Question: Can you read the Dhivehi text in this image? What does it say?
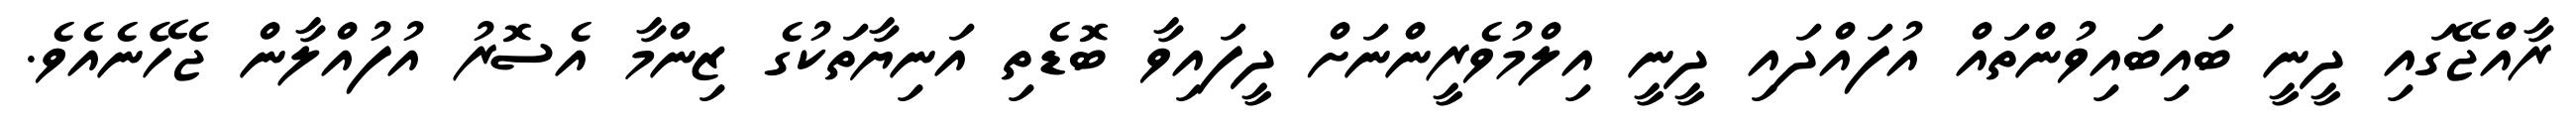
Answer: ރާއްޖޭގައި ދީނީ ބައިބައިވުންތައް އުފައްދައި ދީނީ އިލްމުވެރީންނަށް ދީފައިވާ ބޮޑެތި އަނިޔާތަކުގެ ޒިންމާ އެސޮރު އުފުއްލާން ޖެހޭނެއެވެ.